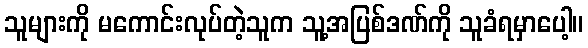
သူများကို မကောင်းလုပ်တဲ့သူက သူ့အပြစ်ဒဏ်ကို သူခံရမှာပေါ့။